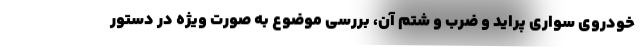
خودروی سواری پراید و ضرب و شتم آن، بررسی موضوع به صورت ویژه در دستور